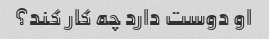
او دوست دارد چه کار کند؟